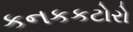
કનકકટોરો